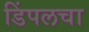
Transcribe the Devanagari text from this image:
डिंपलचा